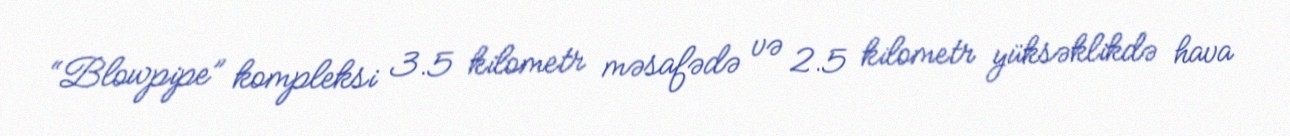
“Blowpipe” kompleksi 3.5 kilometr məsafədə və 2.5 kilometr yüksəklikdə hava